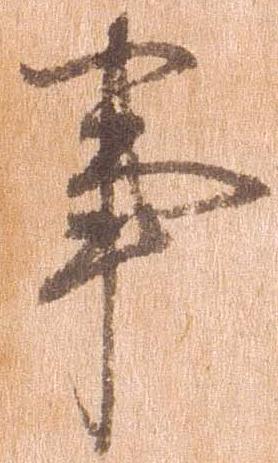
事